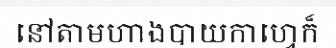
នៅតាមហាងបាយកាហ្វេក៏